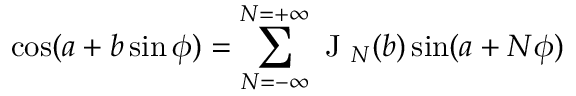
\cos ( a + b \sin \phi ) = \sum _ { N = - \infty } ^ { N = + \infty } \mathrm { ~ J ~ } _ { N } ( b ) \sin ( a + N \phi )